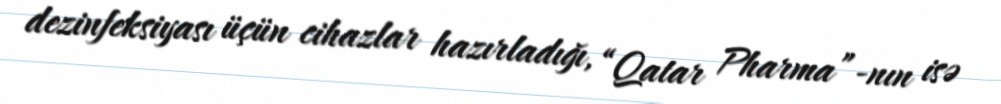
dezinfeksiyası üçün cihazlar hazırladığı, “Qatar Pharma”-nın isə